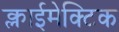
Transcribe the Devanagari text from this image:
क्लाईमेक्टिक